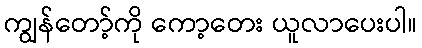
ကျွန်တော့်ကို ကော့တေး ယူလာပေးပါ။